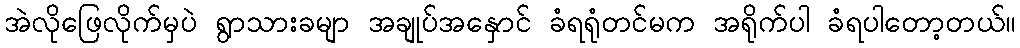
အဲလိုဖြေလိုက်မှပဲ ရွာသားခမျာ အချုပ်အနှောင် ခံရရုံတင်မက အရိုက်ပါ ခံရပါတော့တယ်။